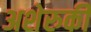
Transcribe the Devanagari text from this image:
अशेरुकी